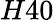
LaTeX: H40